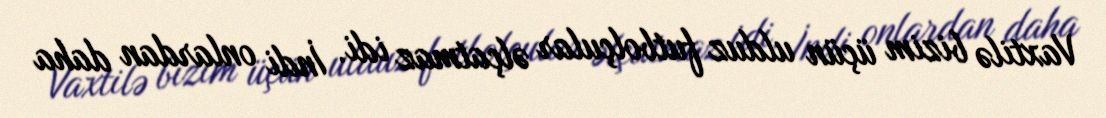
Vaxtilə bizim üçün ulduz futbolçular əlçatmaz idi. İndi onlardan daha